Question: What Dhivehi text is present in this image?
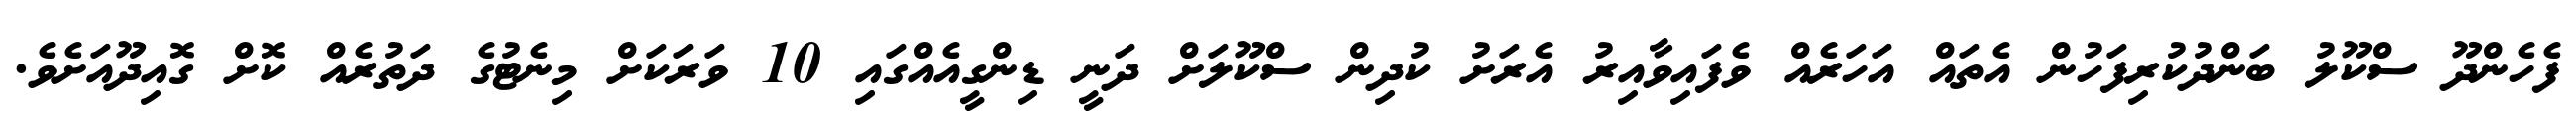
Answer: ފެހެންދޫ ސްކޫލު ބަންދުކުރިފަހުން އެތައް އަހަރެއް ވެފައިވާއިރު އެރަށު ކުދިން ސްކޫލަށް ދަނީ ޑިންގީއެއްގައި 10 ވަރަކަށް މިނެޓުގެ ދަތުރެއް ކޮށް ގޮއިދޫއަށެވެ.